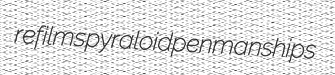
refilms pyraloid penmanships